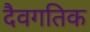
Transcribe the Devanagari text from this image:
दैवगतिक